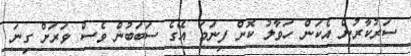
ސަރުކާރުން އެކަން ހަވާލު ކޮށް ފިނަމަ އޭގެ ސަބަބުން ވެސް ވަރަށް ގިނަ